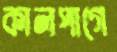
কালপাগে